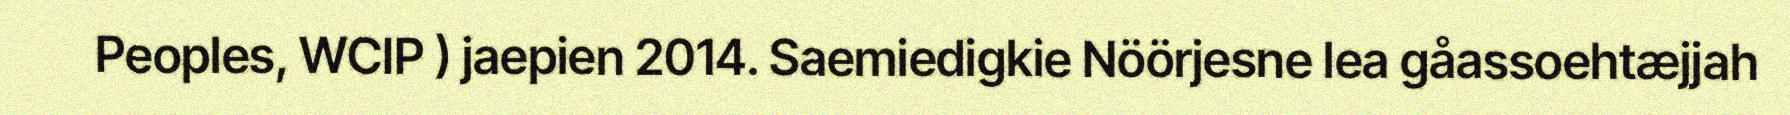
Peoples, WCIP ) jaepien 2014. Saemiedigkie Nöörjesne lea gåassoehtæjjah